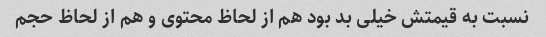
نسبت به قیمتش خیلی بد بود هم از لحاظ محتوی و هم از لحاظ حجم